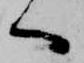
ヘ